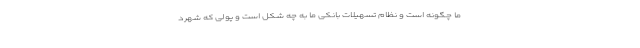
ما چگونه است و نظام تسهیلات بانکی ما به چه شکل است و پولی که شهرد